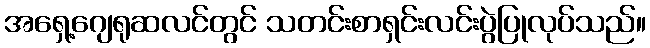
အရှေ့ဂျေရုဆလင်တွင် သတင်းစာရှင်းလင်းပွဲပြုလုပ်သည်။